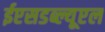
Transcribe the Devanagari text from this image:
ईएसडब्ल्यूएल